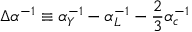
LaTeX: \Delta \alpha ^ { - 1 } \equiv \alpha _ { Y } ^ { - 1 } - \alpha _ { L } ^ { - 1 } - \frac { 2 } { 3 } \alpha _ { c } ^ { - 1 }